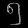
Digit: ၅